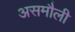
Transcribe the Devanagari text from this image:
असमौली